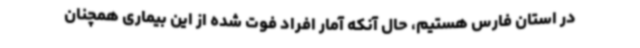
در استان فارس هستیم، حال آنکه آمار افراد فوت شده از این بیماری همچنان